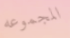
المجموعه